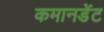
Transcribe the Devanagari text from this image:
कमानडेंट